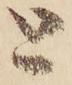
と